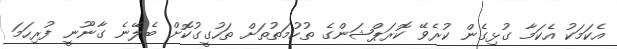
އެކަމަކު އެކަމާ ގުޅިގެން ކުރެވޭ ކޮރަޕްޝަންގެ ތުހުމަތުތަށް ތަހުގީގުކޮށް ބެލޭނެ ގާނޫނީ ފުރިހަމަ